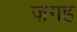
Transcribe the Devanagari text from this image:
ज़गह